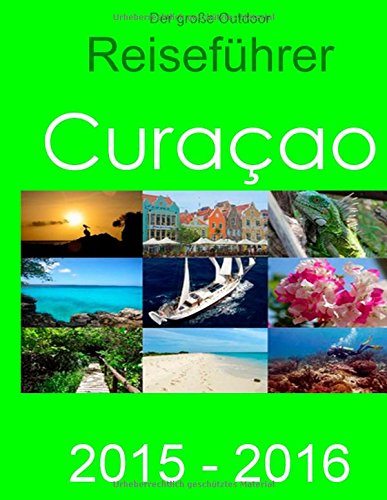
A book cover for Der groÃEe Outdoor - ReisefÃ¼hrer Curacao (German Edition); Elke Verheugen; Travel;